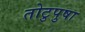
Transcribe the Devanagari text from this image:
तोटुपुषा